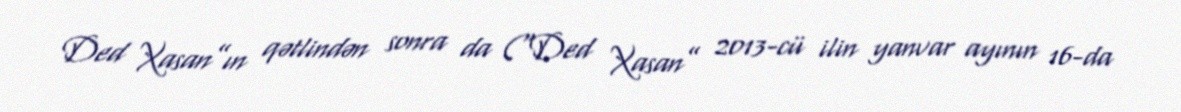
Ded Xasan”ın qətlindən sonra da ("Ded Xasan” 2013-cü ilin yanvar ayının 16-da